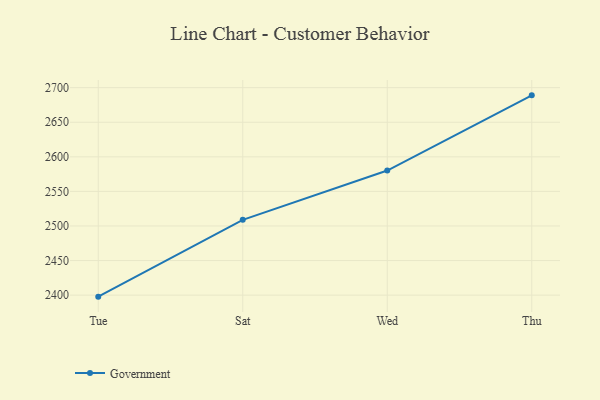
{"axis": {"x": "Day", "y": "Waste Production (Tons)"}, "legend": ["Government"], "data": [{"x": "Tue", "y": 2397.8, "type": "Government"}, {"x": "Sat", "y": 2508.9, "type": "Government"}, {"x": "Wed", "y": 2580.2, "type": "Government"}, {"x": "Thu", "y": 2688.9, "type": "Government"}]}